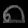
Digit: ၈